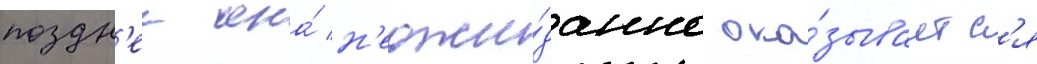
поздн'ее она́ н'еожи́данно ока́зываетс'я